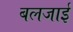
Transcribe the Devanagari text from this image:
बलजाई